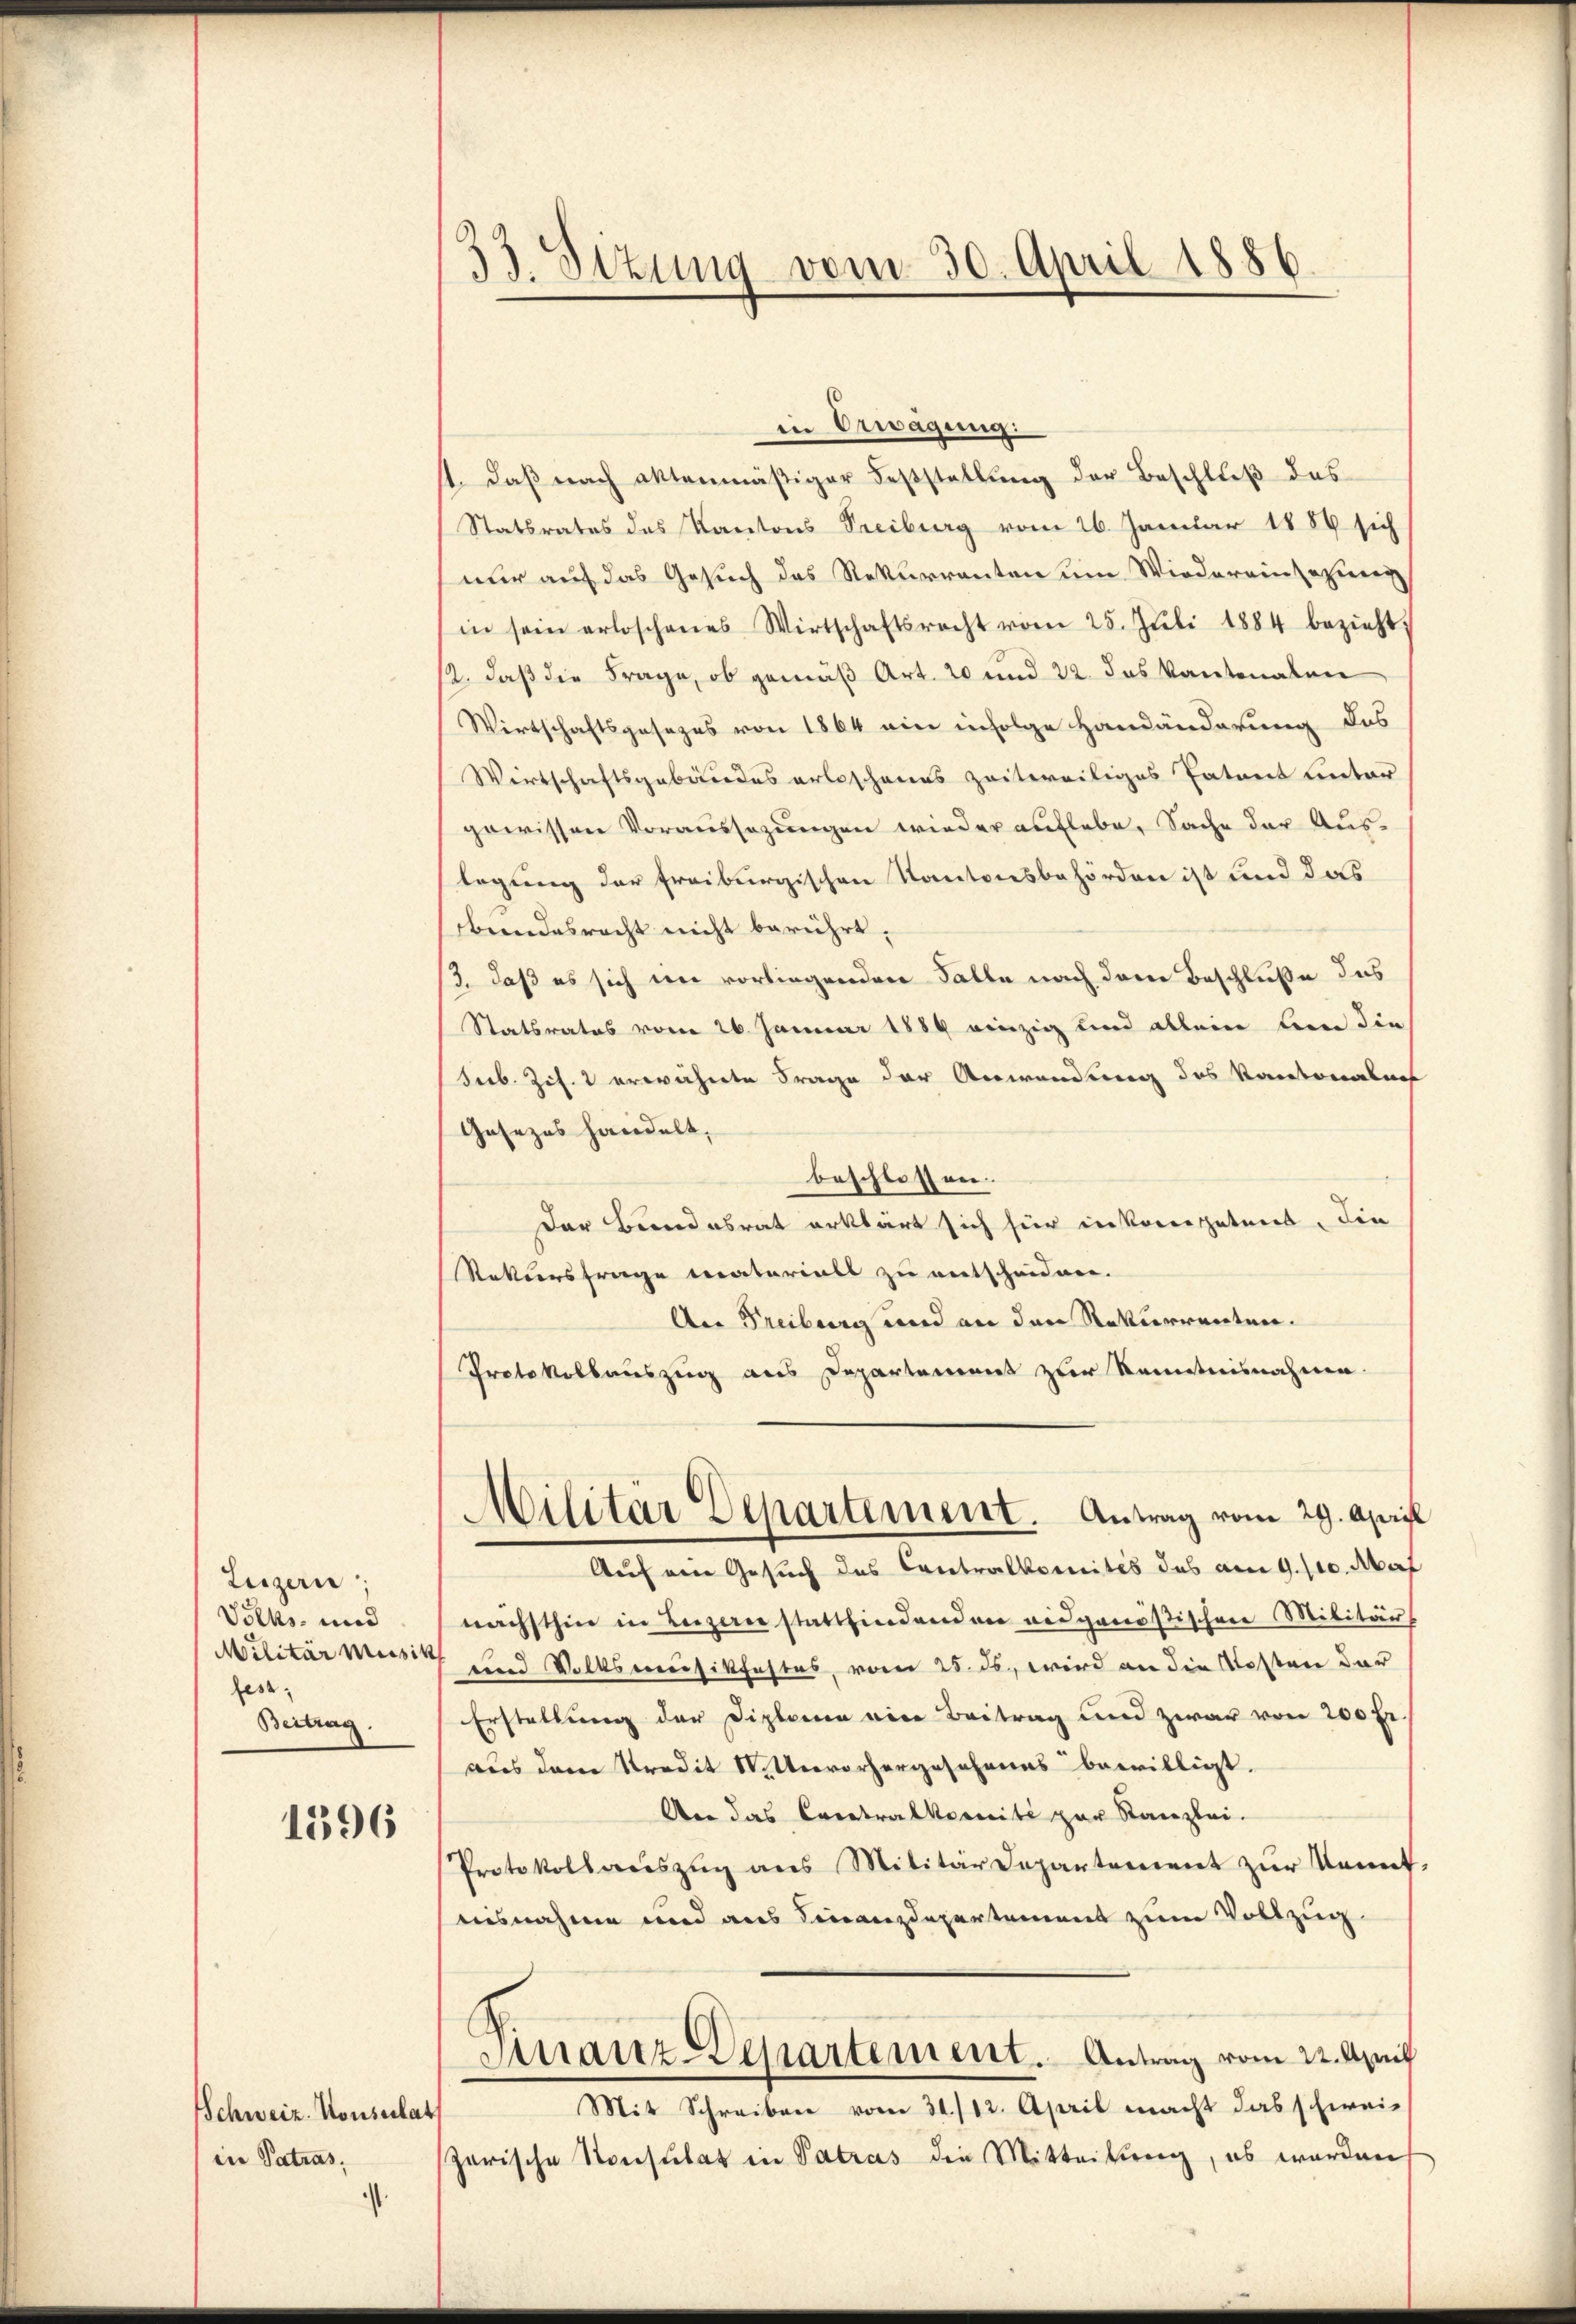
Luzern;
Volks- und
Militär Musik
fes.
Beitrag

1596

Schweiz. Konsulat
in Patras

ist.

33. Situng vom 30. April 1886.

in Erwägung:
1. daß nach aktenmäßiger Feststellung der Beschluß das
Statsrates des Kantons Treiburg vom 26. Januar 1889 sich
nur auf das Gesuch des Rekurrenten um Wiedereinsazieren
in sein erloschenes Wirtschaftsrecht vom 25. Jŭli 1884 bezieht,
12. daß die Frage, ob gemäß Art. 20 und 22. das kantonalen
Wirtschaftsgesezes von 1864 ein infolge Handänderung des
Wirtschaftsgebäudes erloschenes zeitweiliges Tatent unter
gewissen Voraussezungen wieder auflebe, Sache der Auslegung der freiburgischen Kantonsbehörden ist und das
Abendesrecht nicht berührt.
/3. daß es sich im vorliegenden Falle nach dem Beschluße das
Statsrates vom 26. Januar 1889 einzig und allein bin die
Secb. Zif. 2 erwächerte Frage der Anwendung des Kantonalans
Gesezes handelt,
beschlossen.
Der Bundesrat erklärt sich hier in koncepatent, die
Rekursfrage materials zu entscheidnen.
An Freiburg und an den Rekurrenten.
Protokollauszug aus Departement zur Kenntnisnahme.
Militär Departement. Antrag vom 29. Apri
Auf ein Gesuch des Contralkomités des am 9. 110. Mai
nächsthin in Luzern stattfindenden eidgenößischen Militär
 und Volksversikfastes, vom 25. ds., wird an die Kosten dar
Erstellung der Diplomen eine Beitrag und zwar von 200 fr
aus dem Predit N. Unvorhergesehenes bewilligt.
An das Contralkomité par Stanzlei-
Protokollaŭszŭg ans Militärdepartement zŭr Kennt,
nisnahme und aus Finanzdepartement zum Vollzug
Manz-Departement. Antrag vom 22. April
Mit Schreiben vom 31./12. April macht das schweigarische Konsulat in Vatras die Mitteilung, es worden